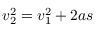
v _ { 2 } ^ { 2 } = v _ { 1 } ^ { 2 } + 2 a s